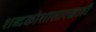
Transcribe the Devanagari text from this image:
शब्दकोशासारखाही